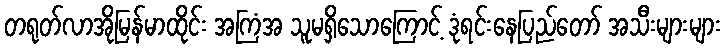
တရုတ်လာအိုမြန်မာထိုင်း အကြံအ သူမရှိသောကြောင့် ဒုံရင်းနေပြည်တော် အသီးများများ